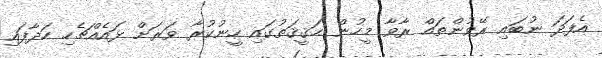
އެފަދަ ނުބައި ރޭވުންތައް ރާވާ މީހުން ޙަޤީޤަތުގައި ހީނުކުރާ ވަރަށް ޅައެއްޗެހި ހަދާފައި